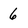
Character: 6